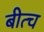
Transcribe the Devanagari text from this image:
बीत्च